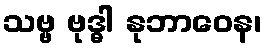
သဗ္ဗ ဗုဒ္ဓါ နုဘာဝေန၊